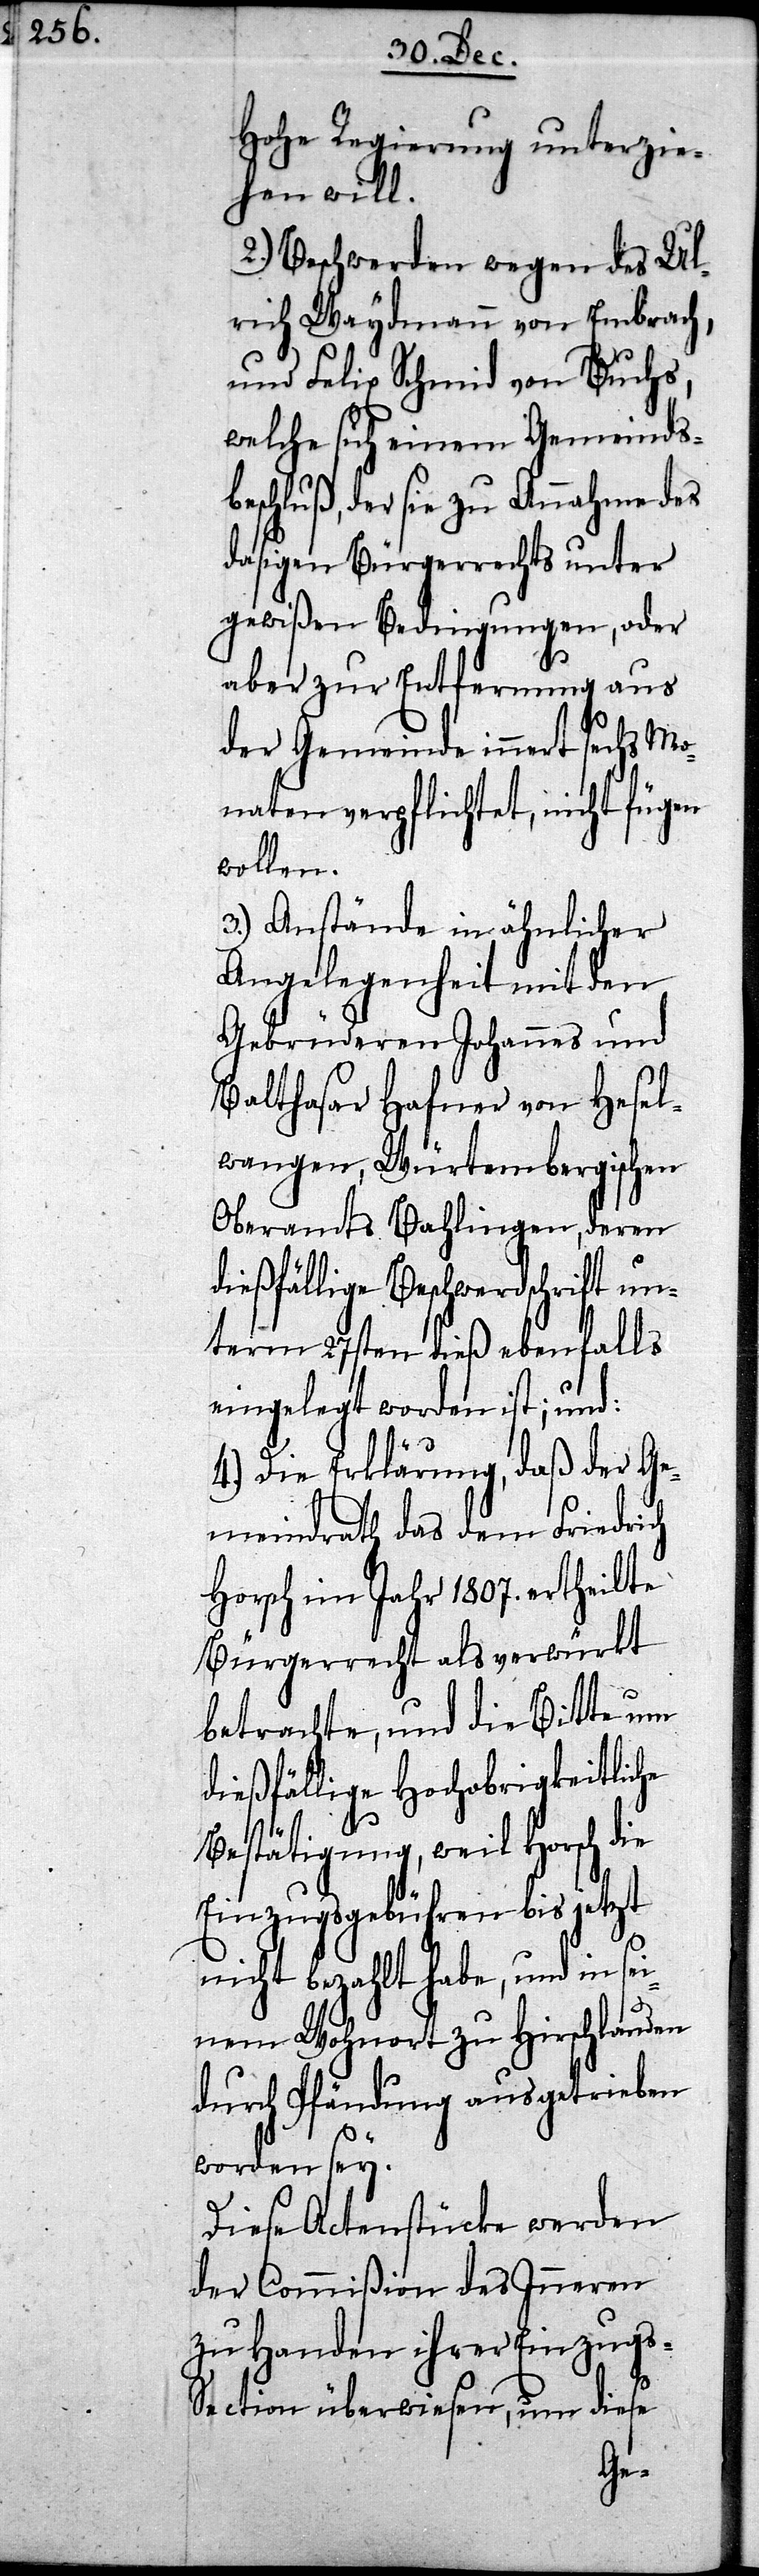
Hohe Regierung unterzie¬
hen will.
2.) Beschwerden wegen des Ul¬
und Felix Schmid von Buchs,
welche sich einem Gemeinds¬
beschluß, der sie zu Annahme des
dasigen Bürgerrechts unter
gewißen Bedingungen, oder
aber zur Entfernung aus
der Gemeinde innert sechs Mo¬
naten verpflichtet, nicht fügen
wollen.
3.) Anstände in ähnlicher
Angelegenheit mit den
Gebrüderen Johannes und
Baltasar Hafner von Hesel¬
wangen, Würtembergischen
Oberamts Bahlingen, deren
dießfällige Beschwerdeschrift un¬
term 27sten dieß ebenfalls
eingelegt worden ist; und:
4.) Die Erklärung, daß der Ge¬
meindrath das dem Friedrich
Horsch im Jahr 1807. ertheilte
Bürgerrecht als verwürkt
betrachte, und die Bitte um
dießfällige Hochobrigkeitliche
Bestätigung, weil Horsch die
Einzugsgebühren bis jetzt
nicht bezahlt habe, und in se¬
inem Wohnort zu Hirschlanden
durch Pfändung ausgetrieben
worden sey.
Diese Actenstücke werden
der Commißion des Inneren
zu Handen ihrer Einzug¬
s-Section überwiesen, um diese
rich